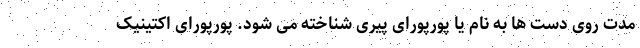
مدت روی دست ها به نام یا پورپورای پیری شناخته می شود. پورپورای اکتینیک